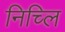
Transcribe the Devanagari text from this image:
निच्लि